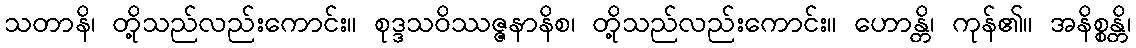
သတာနိ၊ တို့သည်လည်းကောင်း။ စုဒ္ဒသဝိဿဇ္ဇနာနိစ၊ တို့သည်လည်းကောင်း။ ဟောန္တိ၊ ကုန်၏။ အနိစ္စန္တိ၊